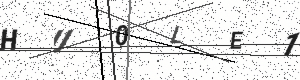
Text: HU0LE1